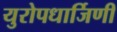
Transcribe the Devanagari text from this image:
युरोपधार्जिणी